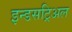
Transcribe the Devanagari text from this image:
इन्डसट्रिअल